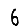
Digit: 6